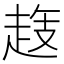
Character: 𧻝